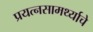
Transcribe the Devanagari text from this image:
प्रयत्‍नसामर्थ्याचे